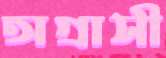
অগ্রাসী